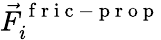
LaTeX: \vec{F}_{i}^{\mathrm{~f~r~i~c~-~p~r~o~p~}}